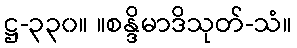
ဋ္ဌ-၃၃၀။ ။စန္ဒိမာဒိသုတ်-သံ။